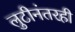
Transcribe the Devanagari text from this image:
लुटीनंतरही